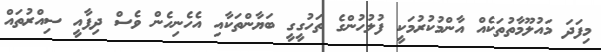
މިފަދަ މައުލޫމާތުތަކެއް އާންމުކުރުމަކީ ފުލުހުންގެ ތަހުގީގީ ބަޔާންތަކާއި އެހެނިހެން ވެސް ދިފާއީ ސިއްރުތައް